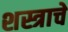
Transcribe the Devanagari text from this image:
शस्त्राचे